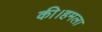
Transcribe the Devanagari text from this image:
की।हमला